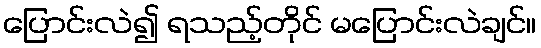
ပြောင်းလဲ၍ ရသည့်တိုင် မပြောင်းလဲချင်။